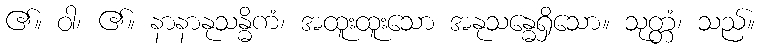
၏။ ဝါ၊ ၏။ နာနာနုသန္ဓိကံ၊ အထူးထူးသော အနုသန္ဓေရှိသော။ သုတ္တံ၊ သည်။